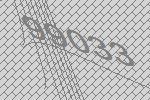
99033